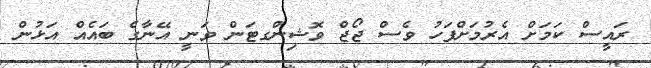
ރައީސް ކަމަށް އެރުމަށްފަހު ވެސް ޖޯޖް ވޮޝިންގޓަން ވަނީ އޭނާގެ ބައެއް އަޅުން